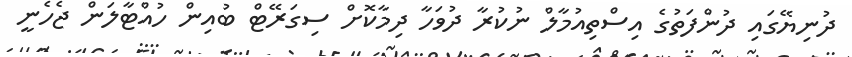
ދުނިޔޭގައި ދުންފަތުގެ އިސްތިއުމާލް ނުކުރާ ދުވަހާ ދިމާކޮށް ސިގަރޭޓް ބުއިން ހުއްޓާލަން ޖެހެނީ